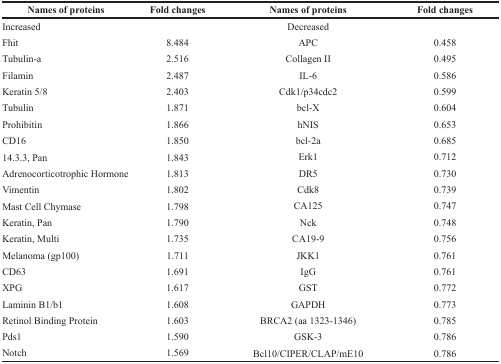
<table><thead><tr><td><b>Names of proteins</b></td><td><b>Fold changes</b></td><td><b>Names of proteins</b></td><td><b>Fold changes</b></td></tr></thead><tbody><tr><td>Increased</td><td></td><td>Decreased</td><td></td></tr><tr><td>Fhit</td><td>8.484</td><td>APC</td><td>0.458</td></tr><tr><td>Tubulin-a</td><td>2.516</td><td>Collagen II</td><td>0.495</td></tr><tr><td>Filamin</td><td>2.487</td><td>IL-6</td><td>0.586</td></tr><tr><td>Keratin 5/8</td><td>2.403</td><td>Cdk1/p34cdc2</td><td>0.599</td></tr><tr><td>Tubulin</td><td>1.871</td><td>bcl-X</td><td>0.604</td></tr><tr><td>Prohibitin</td><td>1.866</td><td>hNIS</td><td>0.653</td></tr><tr><td>CD16</td><td>1.850</td><td>bcl-2a</td><td>0.685</td></tr><tr><td>14.3.3, Pan</td><td>1.843</td><td>Erk1</td><td>0.712</td></tr><tr><td>Adrenocorticotrophic Hormone</td><td>1.813</td><td>DR5</td><td>0.730</td></tr><tr><td>Vimentin</td><td>1.802</td><td>Cdk8</td><td>0.739</td></tr><tr><td>Mast Cell Chymase</td><td>1.798</td><td>CA125</td><td>0.747</td></tr><tr><td>Keratin, Pan</td><td>1.790</td><td>Nck</td><td>0.748</td></tr><tr><td>Keratin, Multi</td><td>1.735</td><td>CA19-9</td><td>0.756</td></tr><tr><td>Melanoma (gp100)</td><td>1.711</td><td>JKK1</td><td>0.761</td></tr><tr><td>CD63</td><td>1.691</td><td>IgG</td><td>0.761</td></tr><tr><td>XPG</td><td>1.617</td><td>GST</td><td>0.772</td></tr><tr><td>Laminin B1/b1</td><td>1.608</td><td>GAPDH</td><td>0.773</td></tr><tr><td>Retinol Binding Protein</td><td>1.603</td><td>BRCA2 (aa 1323-1346)</td><td>0.785</td></tr><tr><td>Pds1</td><td>1.590</td><td>GSK-3</td><td>0.786</td></tr><tr><td>Notch</td><td>1.569</td><td>Bcl10/CIPER/CLAP/mE10</td><td>0.786</td></tr></tbody></table>